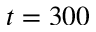
t = 3 0 0